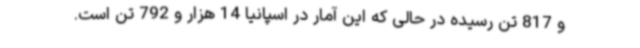
و 817 تن رسیده در حالی که این آمار در اسپانیا 14 هزار و 792 تن است.